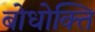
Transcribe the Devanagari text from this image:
बोधोक्ति